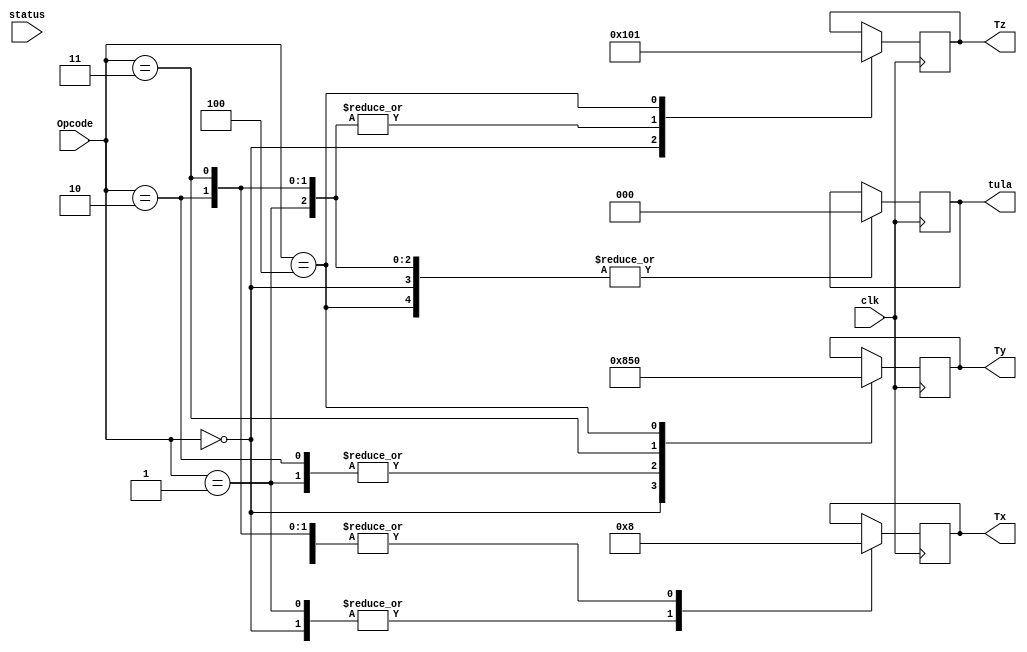
module UnidadeDeControle(status,clk,Opcode,tula,Tx,Ty,Tz);
	
	input wire clk,status;
	input wire [2:0] Opcode;
	output reg [2:0] Tx,Ty,Tz,tula;
	
	parameter HOLD = 3'b000;
	parameter LOAD = 3'b001;
	parameter SHIFTR = 3'b010;
	parameter SHIFTL = 3'b011;
	parameter RESET = 3'b100;
	
	 always @ (posedge clk) begin
		case (Opcode)
			3'b000: begin // CLDRD
				Ty <= RESET;
				Tx <= LOAD;
				Tz <= RESET;
				tula <= HOLD;
				end
			3'b001: begin // ADDLD
				Ty <= LOAD;
				Tx <= LOAD;
				Tz <= HOLD;
				tula <= HOLD;
				end
			3'b010: begin // ADD
				Ty <= LOAD;
				Tx <= HOLD;
				Tz <= HOLD;
				tula <= HOLD;
				end
			3'b011: begin // DIV2
				Ty <= SHIFTR;
				Tx <= HOLD;
				Tz <= HOLD;
				tula <= HOLD;
				end
			3'b100 : begin // DISPLAY 
				Ty <= HOLD;
				Tx <= HOLD;
				Tz <= LOAD;
				tula <= HOLD;
				end
			endcase
		end
endmodule